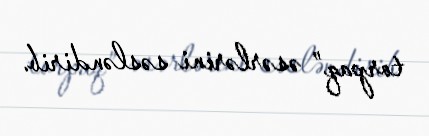
torpaq” əsərlərini səsləndirib.